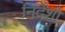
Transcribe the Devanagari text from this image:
निर्देंशों